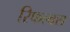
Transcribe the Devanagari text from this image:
रिफल्क्स